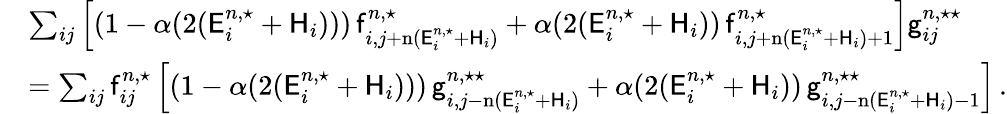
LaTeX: \begin{array}{rl}&{\sum_{ij}\left[(1-\alpha(2(\mathsf{E}_{i}^{n,\star}+\mathsf{H}_{i})))\, \mathsf{f}_{i,j+\mathrm{n}(\mathsf{E}_{i}^{n,\star}+\mathsf{H}_{i})}^{n,\star}+\alpha(2(\mathsf{E}_{i}^{n,\star}+\mathsf{H}_{i}))\, \mathsf{f}_{i,j+\mathrm{n}(\mathsf{E}_{i}^{n,\star}+\mathsf{H}_{i})+1}^{n,\star}\right]\mathsf{g}_{ij}^{n,\star\star}}\\ &{=\sum_{ij}\mathsf{f}_{ij}^{n,\star}\left[(1-\alpha(2(\mathsf{E}_{i}^{n,\star}+\mathsf{H}_{i})))\, \mathsf{g}_{i,j-\mathrm{n}(\mathsf{E}_{i}^{n,\star}+\mathsf{H}_{i})}^{n,\star\star}+\alpha(2(\mathsf{E}_{i}^{n,\star}+\mathsf{H}_{i}))\, \mathsf{g}_{i,j-\mathrm{n}(\mathsf{E}_{i}^{n,\star}+\mathsf{H}_{i})-1}^{n,\star\star}\right]\, .}\end{array}